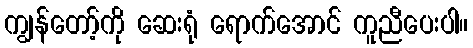
ကျွန်တော့်ကို ဆေးရုံ ရောက်အောင် ကူညီပေးပါ။